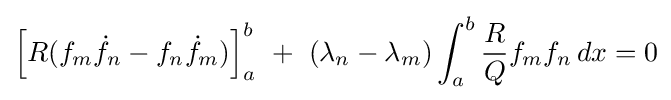
\left[R(f_{m}{\dot {f}}_{n}-f_{n}{\dot {f}}_{m})\right]_{a}^{b}\,\,+\,\,(\lambda _{n}-\lambda _{m})\int _{a}^{b}{\frac {R}{Q}}f_{m}f_{n}\,dx=0